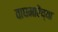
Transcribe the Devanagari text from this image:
वाघमारेंच्या